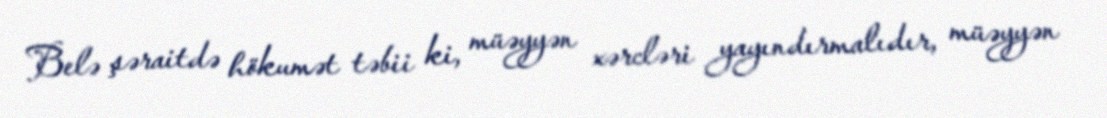
Belə şəraitdə hökumət təbii ki, müəyyən xərcləri yayındırmalıdır, müəyyən